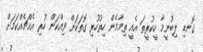
ގޮނޑި ލިބުނީމާ ހީކުރީތަ އެއީ ތިމާމެން ހިތުހުރި ގޮތަކަށް ވިއްކަން ހުރި އެއްޗެއްކަމަށް